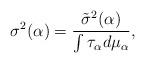
LaTeX: \begin{align*} \sigma^2(\alpha)=\frac{\tilde{\sigma}^2(\alpha)}{\int \tau_{\alpha} d \mu_{\alpha}},\end{align*}